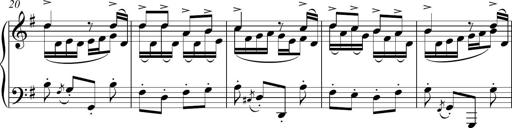
Title: Sonatina del HuÃ©car
Composer: JosÃ© Miguel Moreno Sabio